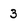
Character: 3